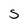
Character: 5